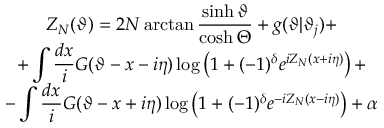
\begin{array} { c } { { Z _ { N } ( \vartheta ) = 2 N \arctan \displaystyle \frac { \sinh \vartheta } { \cosh \Theta } + g ( \vartheta | \vartheta _ { j } ) + } } \\ { { + \displaystyle \int \displaystyle \frac { d x } { i } G ( \vartheta - x - i \eta ) \log \left( 1 + ( - 1 ) ^ { \delta } e ^ { i Z _ { N } ( x + i \eta ) } \right) + } } \\ { { - \displaystyle \int \displaystyle \frac { d x } { i } G ( \vartheta - x + i \eta ) \log \left( 1 + ( - 1 ) ^ { \delta } e ^ { - i Z _ { N } ( x - i \eta ) } \right) + \alpha } } \end{array}